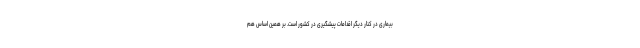
بیماری در کنار دیگر اقدامات پیشگیری در کشور است. بر همین اساس هم